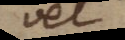
vel